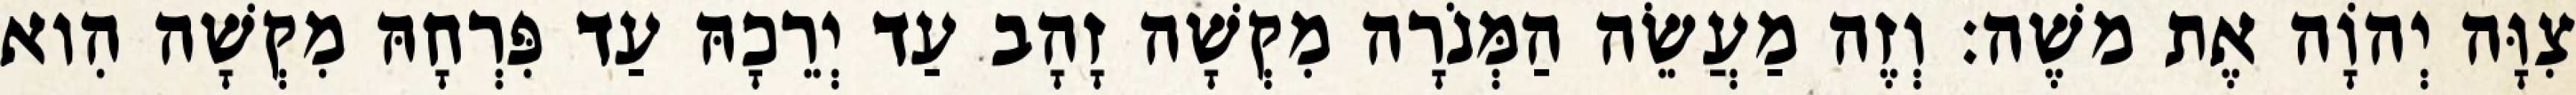
צִוָּה יְהוָֹה אֶת משֶׁה׃ וְזֶה מַעֲשֵׂה הַמְּנֹרָה מִקְשָׁה זָהָב עַד יְרֵכָהּ עַד פִּרְחָהּ מִקְשָׁה הִוא